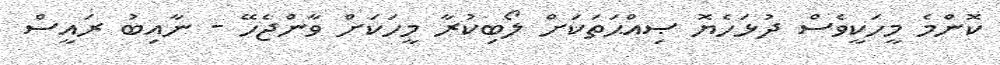
ކޮންމެ މީހަކީވެސް ދުޅަހެޔޮ ޞިއްޙަތަކަަށް ލޯބިކުރާ މީހަކަށް ވާންޖެހޭ - ނާއިބު ރައީސް